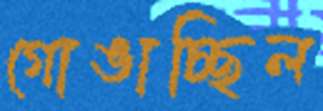
গোঙাচ্ছিল